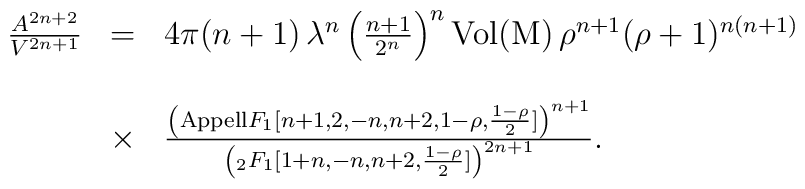
\begin{array}{rcl}\frac{A^{2n+2}}{V^{2n+1}}&=&4\pi(n+1)\,\lambda^n\left(\frac{n+1}{2^n} \right)^{n}\mathrm{Vol(M)}\,\rho^{n+1} (\rho+1)^{n(n+1)}\\ \\ &\times&\frac{\left({\rm{Appell}}F_{1}[n+1,2,-n,n+2,1-\rho,\frac{1-\rho}{2}]\right)^{n+1}}{\left(_2F_{1}[1+n,-n,n+2,\frac{1-\rho}{2}]\right)^{2n+1}}.\end{array}